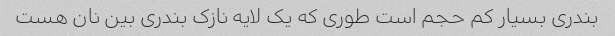
بندری بسیار کم حجم است طوری که یک لایه نازک بندری بین نان هست